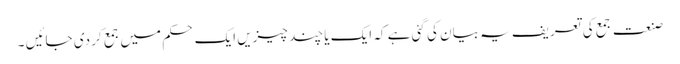
صنعت جمع کی تعریف یہ بیان کی گئی ہے کہ ایک یا چند چیزیں ایک حکم میں جمع کر دی جائیں ۔